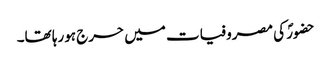
حضورؐ کی مصروفیات میں حرج ہورہا تھا۔